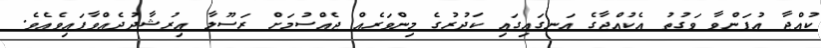
ކުއްޖާ އުފަންވާ ވަގުތު އެކުއްޖާގެ އަނގައިގައި ކަދުރުގެ މިންވަރެއް ޖެއްސުމަށް ރަސޫލާ އިރުޝާދުދެއްވާފައިވެއެވެ.